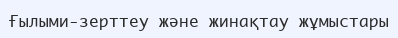
Ғылыми-зерттеу және жинақтау жұмыстары